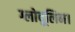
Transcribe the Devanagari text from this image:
ग्लोवूलिन।